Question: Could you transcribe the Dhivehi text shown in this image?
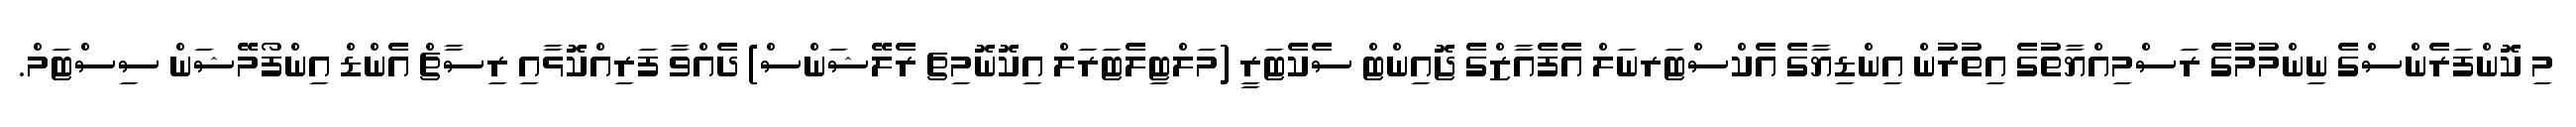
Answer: މި ކޮންފަރެންސްގެ ނިންމުމުގެ ރަސްމިއްޔާތުގެ އިތުރުން އިންޑިޔާގެ އެކްސްޓަރނަލް އެފެއާޒްގެ ޖޮއިންޓް ސެކެޓަރީ (މަލްޓިލެޓަރަލް އިކޮނޮމިޗ ރެލޭޝަންސް) ދެއްވާ ފަރިއްކޮޅާއި ރިސާޗް އެންޑް އިންފޯމޭޝަން ސިސްޓަމް.